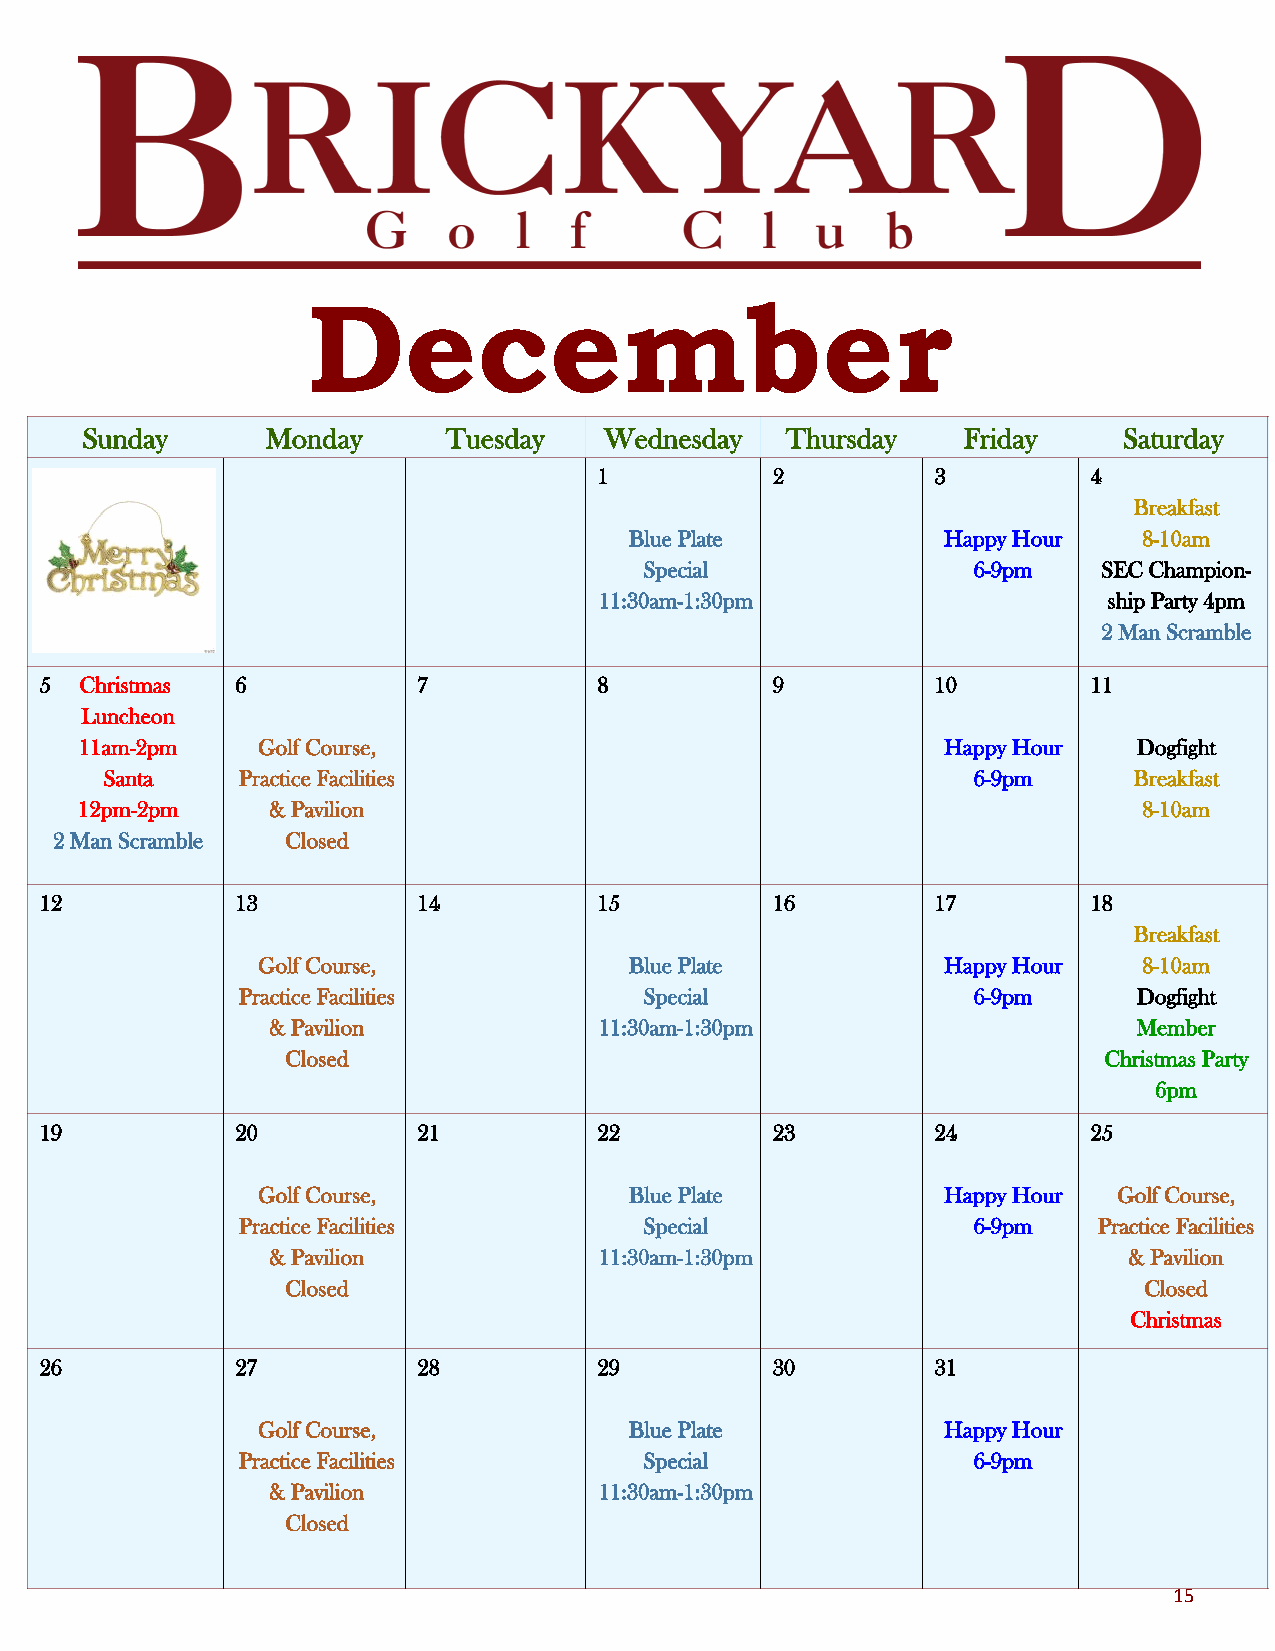
December
 Sunday       Monday      Tuesday   Wednesday   Thursday    Friday    Saturday
 1          2          3         4
 Breakfast
 Blue Plate           Happy Hour   8-10am
 Special              6-9pm    SEC Champion-
 11:30am-1:30pm                   ship Party 4pm
 2 Man Scramble
 5 Christmas  6           7           8          9          10        11
 Luncheon
 11am-2pm    Golf Course,                                  Happy Hour  Dogfight
 Santa    Practice Facilities                             6-9pm      Breakfast
 12pm-2pm     & Pavilion                                                8-10am
 2 Man Scramble Closed
 12           13          14          15         16         17        18
 Breakfast
 Golf Course,             Blue Plate           Happy Hour   8-10am
 Practice Facilities        Special              6-9pm      Dogfight
 & Pavilion            11:30am-1:30pm                     Member
 Closed                                                Christmas Party
 6pm
 19           20          21          22         23         24        25
 Golf Course,             Blue Plate           Happy Hour Golf Course,
 Practice Facilities        Special              6-9pm    Practice Facilities
 & Pavilion            11:30am-1:30pm                     & Pavilion
 Closed                                                   Closed
 Christmas
 26           27          28          29         30         31
 Golf Course,             Blue Plate           Happy Hour
 Practice Facilities        Special              6-9pm
 & Pavilion            11:30am-1:30pm
 Closed
 15